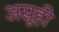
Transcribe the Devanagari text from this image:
असूही